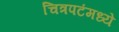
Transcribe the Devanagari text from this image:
चित्रपटंमध्ये